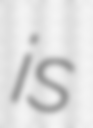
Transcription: is